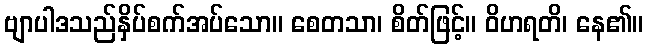
ဗျာပါဒသည်နှိပ်စက်အပ်သော။ စေတသာ၊ စိတ်ဖြင့်။ ဝိဟရတိ၊ နေ၏။